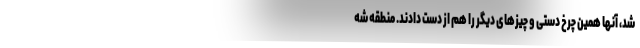
شد، آنها همین چرخ دستی و چیزهای دیگر را هم از دست دادند. منطقه شه